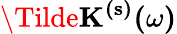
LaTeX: \mathbf{\Tilde{K}^{(s)}(\omega)}